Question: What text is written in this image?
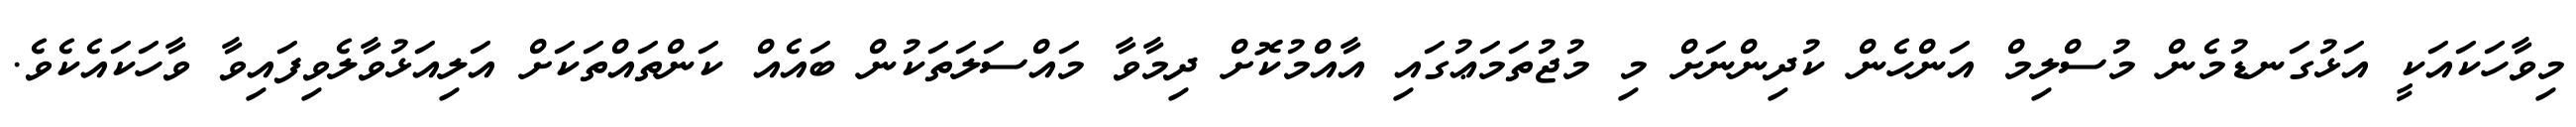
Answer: މިވާހަކައަކީ އަޅުގަނޑުމެން މުސްލިމް އަންހެން ކުދިންނަށް މި މުޖުތަމަޢުގައި އާއްމުކޮށް ދިމާވާ މައްސަލަތަކުން ބައެއް ކަންތައްތަކަށް އަލިއަޅުވާލެވިފައިވާ ވާހަކައެކެވެ.